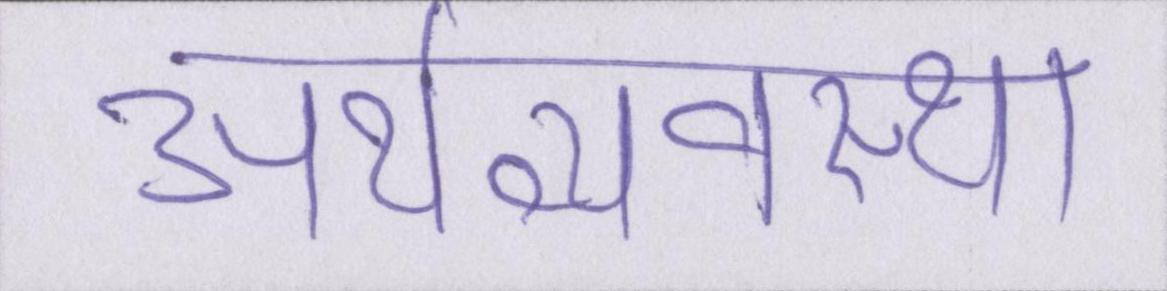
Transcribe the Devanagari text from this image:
अर्थव्यवस्था